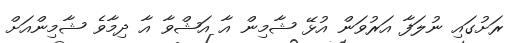
ރަށުގައި ނުލަފާ އަރުވަން އުޅޭ ޝާމިން އާ އަޝްވާ އާ ދިމާވެ ޝާމިންއަށް